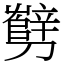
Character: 㔎